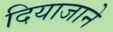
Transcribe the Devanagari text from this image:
दियाजाने